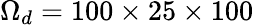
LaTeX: \Omega_{d}=100\times 25\times 100